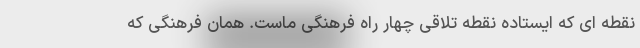
نقطه ای که ایستاده نقطه تلاقی چهار راه فرهنگی ماست. همان فرهنگی که